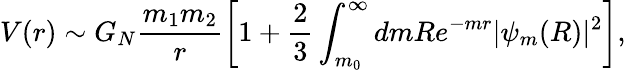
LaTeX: V(r)\sim G_{N}\frac{m_{1}m_{2}}{r}\left[1+\frac{2}{3}\int_{m_{0}}^{\infty}dmRe^{-mr}|\psi_{m}(R)|^{2}\right],